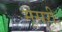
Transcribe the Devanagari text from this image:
मूसरी